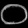
Digit: ၀